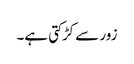
زور سے کڑکتی ہے۔